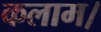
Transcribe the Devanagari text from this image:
कलाम।